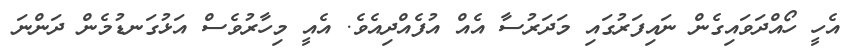
އެހީ ހޯއްދަވައިގެން ނައިފަރުގައި މަދަރުސާ އެއް އުފެއްދިއެވެ. އެއީ މިހާރުވެސް އަޅުގަނޑުމެން ދަންނަ